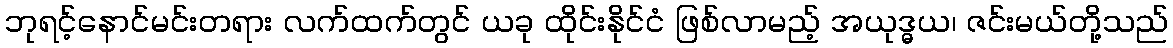
ဘုရင့်နောင်မင်းတရား လက်ထက်တွင် ယခု ထိုင်းနိုင်ငံ ဖြစ်လာမည့် အယုဒ္ဓယ၊ ဇင်းမယ်တို့သည်